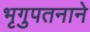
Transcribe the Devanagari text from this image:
भृगुपतनाने